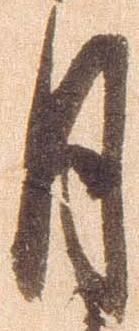
月